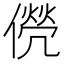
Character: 㒌